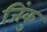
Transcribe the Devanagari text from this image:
जिंकु